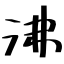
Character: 沸